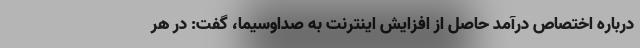
درباره اختصاص درآمد حاصل از افزایش اینترنت به صداوسیما، گفت: در هر